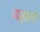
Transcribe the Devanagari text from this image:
जहाला